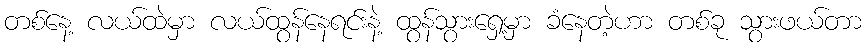
တစ်နေ့ လယ်ထဲမှာ လယ်ထွန်နေရင်းနဲ့ ထွန်သွားရှေ့မှာ ခံနေတဲ့ဟာ တစ်ခု သွားဖယ်တာ